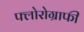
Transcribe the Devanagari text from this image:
फ्लोरोग्राफी